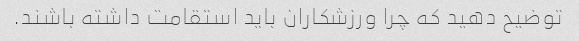
توضیح دهید که چرا ورزشکاران باید استقامت داشته باشند.